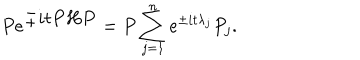
P e ^ { \textstyle \pm i t P H P } = P \sum _ { j = 1 } ^ { n } e ^ { \pm i t { \lambda } _ { j } } P _ { j } .